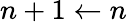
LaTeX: n+1\leftarrow n